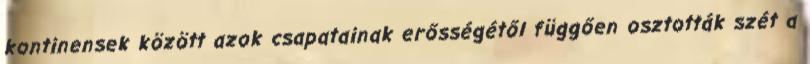
kontinensek között azok csapatainak erősségétől függően osztották szét a